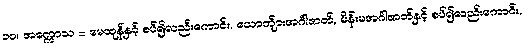
၁၀။ အက္ကောသ = မေထုန်နှင့် စပ်၍လည်းကောင်း, ယောက်ျားအင်္ဂါဇာတ်, မိန်းမအင်္ဂါဇာတ်နှင့် စပ်၍လည်းကောင်း,